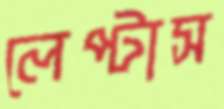
লেপ্‌টাস